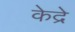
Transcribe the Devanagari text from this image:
केद्रे